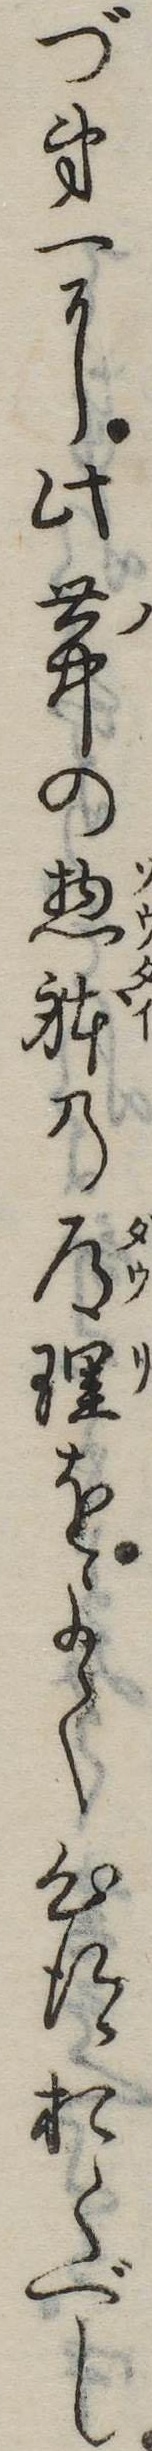
づ第一に此世中の惣体の道理をよく心得おくべし